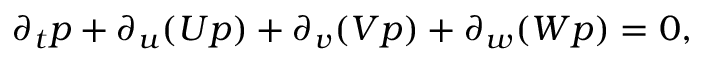
\partial _ { t } p + \partial _ { u } ( U p ) + \partial _ { v } ( V p ) + \partial _ { w } ( W p ) = 0 ,